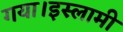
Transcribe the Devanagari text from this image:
गया।इस्लामी